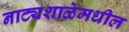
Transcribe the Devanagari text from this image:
नाट्यशाळेमधील